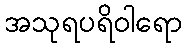
အသုရပရိဝါရော